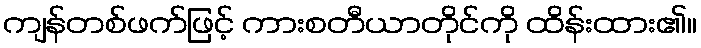
ကျန်တစ်ဖက်ဖြင့် ကားစတီယာတိုင်ကို ထိန်းထား၏။